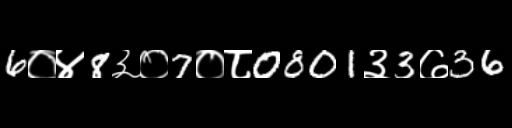
Text: 6०४8३०7०८0801३3७36